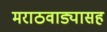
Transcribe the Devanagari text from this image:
मराठवाड्यासह